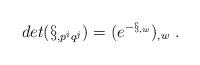
LaTeX: \begin{align*}det ( \S_{,p^{i}q^{j}} ) = (e^{-\S _{,w}})_{,w} \ .\end{align*}